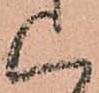
く